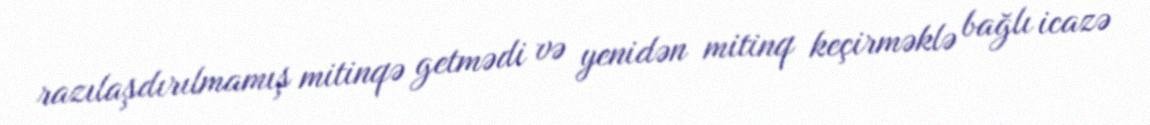
razılaşdırılmamış mitinqə getmədi və yenidən mitinq keçirməklə bağlı icazə